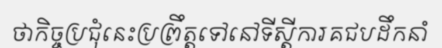
ថាកិច្ចប្រជុំនេះប្រព្រឹត្តទៅនៅទីស្តីការគជបដឹកនាំ